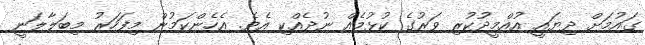
ގައުމަށް ދިޔައީ އުއްމީދުކުރި ވަރުގެ ކުޅުމެއް ނުދެއްކި އެވެ. އެހެންކަމުން މިފަހަރު މިބަލާލަނީ